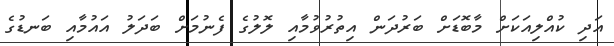
އަދި ކުއްލިއަކަށް މާބޮޑަށް ބަރުދަން އިތުރުވުމާއި ލޮލުގެ ފެނުމަށް ބަދަލު އައުމާއި ބަނޑުގެ